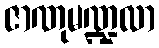
ဇာဏုမဏ္ဍလာ